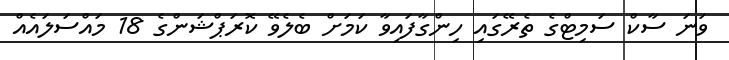
ވަނަ ސާކް ސަމިޓްގެ ތެރޭގައި ހިންގާފައިވާ ކަމަށް ބެލެވޭ ކޮރަޕްޝަންގެ 18 މައްސަލައެއް